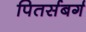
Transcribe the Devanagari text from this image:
पितर्सबर्ग